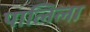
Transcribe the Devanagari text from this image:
पालिला